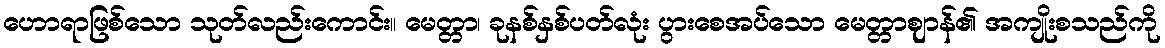
ဟောရာဖြစ်သော သုတ်လည်းကောင်း။ မေတ္တာ၊ ခုနစ်နှစ်ပတ်လုံး ပွားစေအပ်သော မေတ္တာဈာန်၏ အကျိုးစသည်ကို